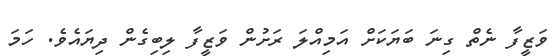
ވަޒީފާ ނެތް ގިނަ ބަޔަކަށް އަމިއްލަ ރަށުން ވަޒީފާ ލިބިގެން ދިޔައެވެ. ހަމަ